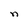
Character: n